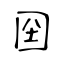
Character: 囶